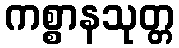
ကစ္စာနသုတ္တ